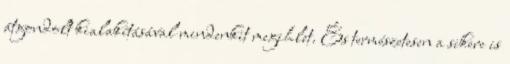
átgondolt kialakításával mindenkit megihlet. És természetesen a sikere is